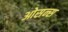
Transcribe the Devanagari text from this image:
ओसन्स